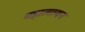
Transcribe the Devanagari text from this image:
महात्मायन